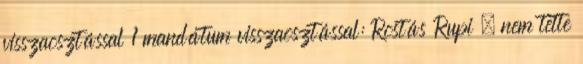
visszaosztással 1 mandátum visszaosztással: Rostás Rupi – nem tette